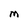
Character: M